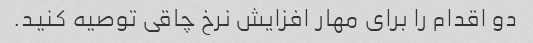
دو اقدام را برای مهار افزایش نرخ چاقی توصیه کنید.